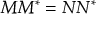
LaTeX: M M ^ { * } = N N ^ { * }